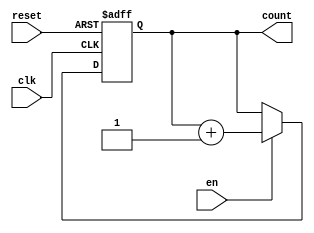
module counter_4bit(
    input clk,
    input reset,
    input en,
    output reg [3:0] count
    );

    always @(negedge clk or posedge reset) begin
        if (reset)
            count <= 4'b0000;
        else if (en)
            count <= count + 1;
    end

endmodule